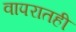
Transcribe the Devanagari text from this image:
वापरातही